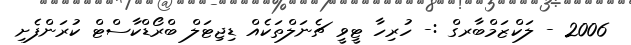
2006 - ލަކްޒަމްބާރގް :- ހުރިހާ ޓީވީ ޗެނަލްތަކެއް ޑިޖިޓަލް ބްރޯޑްކާސްޓް ކުރަންފެށި